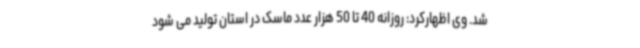
شد. وی اظهارکرد: روزانه 40 تا 50 هزار عدد ماسک در استان تولید می شود